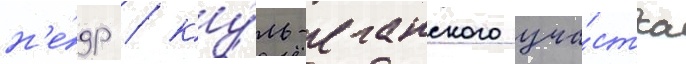
н'е́др / ку́ль-еганского уча́стка